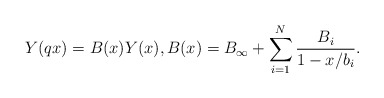
\begin{align*}Y(q x) = B(x)Y(x), B(x) = B_{\infty} + \sum^{N}_{i = 1}\frac{B_{i}}{1 - x/b_{i}} .\end{align*}